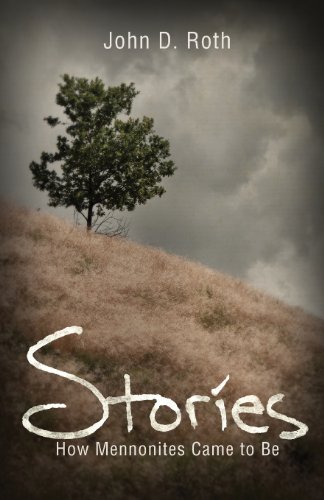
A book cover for Stories: How Mennonites Came to Be (John Roth Trilogy); ROTH JOHN D; Christian Books & Bibles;